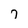
Character: 7